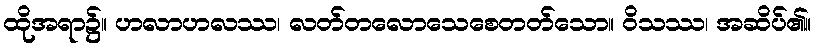
ထိုအရာ၌။ ဟလာဟလဿ၊ လတ်တလောသေစေတတ်သော။ ဝိသဿ၊ အဆိပ်၏။